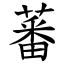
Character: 蕃